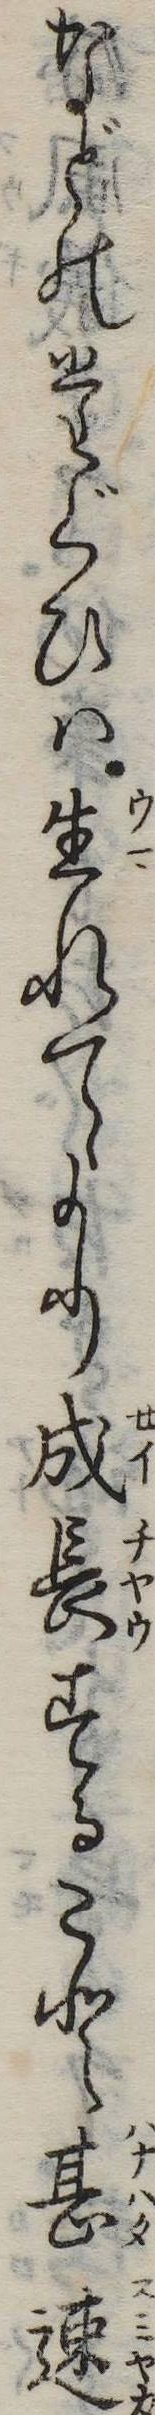
などのたぐひは生れてより成長すること甚速